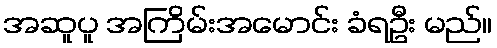
အဆူပူ အကြိမ်းအမောင်း ခံရဦး မည်။